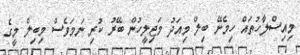
މިއިސްލާހުތައް ހިމެނޭ ބިލް މިއަދު މަޖިލީހުން ބޭރު ކުރި ނަމަވެސް މިބިލް މީގެ